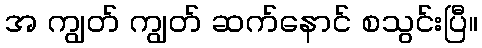
အ ကျွတ် ကျွတ် ဆက်နောင် စသွင်းပြီ။